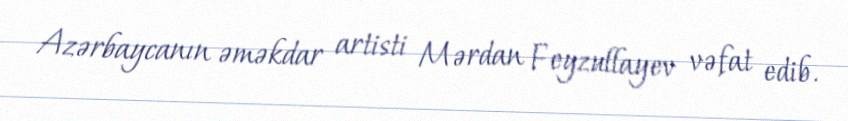
Azərbaycanın əməkdar artisti Mərdan Feyzullayev vəfat edib.